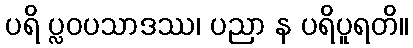
ပရိ ပ္လဝပသာဒဿ၊ ပညာ န ပရိပူရတိ။